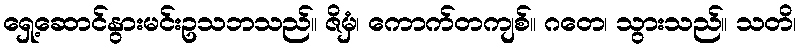
ရှေ့ဆောင်နွားမင်းဥသဘသည်။ ဇိမှံ၊ ကောက်တကျစ်။ ဂတေ၊ သွားသည်။ သတိ၊